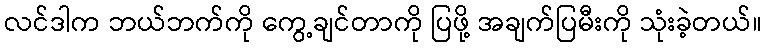
လင်ဒါက ဘယ်ဘက်ကို ကွေ့ချင်တာကို ပြဖို့ အချက်ပြမီးကို သုံးခဲ့တယ်။